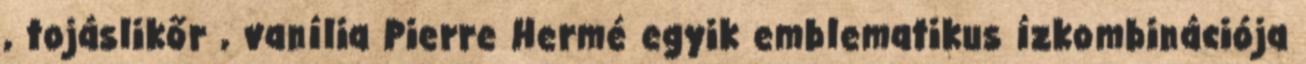
, tojáslikőr , vanília Pierre Hermé egyik emblematikus ízkombinációja